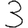
Digit: 3